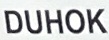
DUHOK